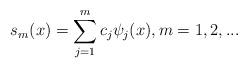
LaTeX: \begin{align*}s_{m}(x)=\sum\limits_{j=1}^{m}c_{j}\psi_{j}(x), m=1,2,...\end{align*}